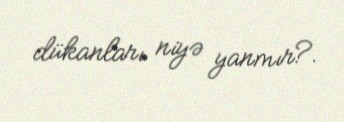
dükanları niyə yanmır?.